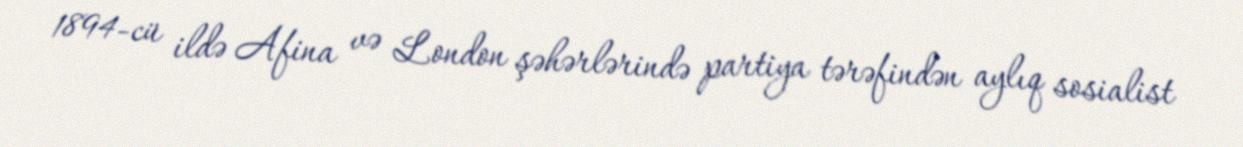
1894-cü ildə Afina və London şəhərlərində partiya tərəfindən aylıq sosialist